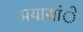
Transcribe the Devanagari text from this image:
प्रयासांे